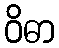
ဝိဓာ